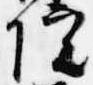
院